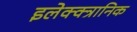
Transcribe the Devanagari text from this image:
इलेक्क्त्रानिक